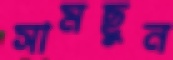
সামছুন